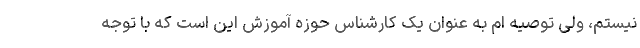
نیستم، ولی توصیه ام به عنوان یک کارشناس حوزه آموزش این است که با توجه